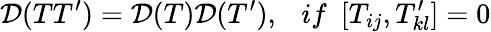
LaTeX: {\cal D}(TT^{\prime})={\cal D}(T){\cal D}(T^{\prime}),\ \ \ if\ \ [T_{ij},T_{kl}^{\prime}]=0